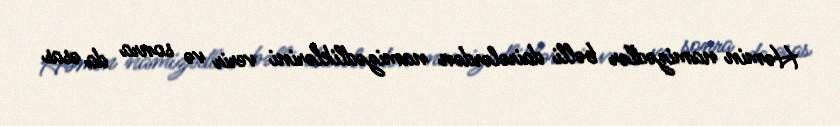
Həmin namizədlər bəlli dairələrdən namizədliklərini verir və sonra da əsas